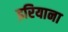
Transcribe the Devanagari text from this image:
इरियाना